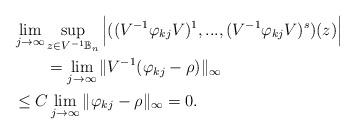
LaTeX: \begin{align*} &\lim_{j\rightarrow \infty}\sup_{z\in V^{-1}\mathbb{B}_n} \Big{|}((V^{-1}\varphi_{kj} V)^1,...,(V^{-1}\varphi_{kj} V)^s)(z)\Big{|}\\&\qquad=\lim_{j\rightarrow \infty}\|V^{-1} (\varphi_{kj}- \rho) \|_\infty\\& \leq C \lim_{j\rightarrow \infty}\| \varphi_{kj}- \rho \|_\infty =0.\end{align*}